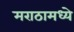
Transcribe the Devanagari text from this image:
मराठामध्ये